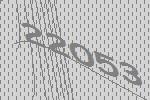
22053